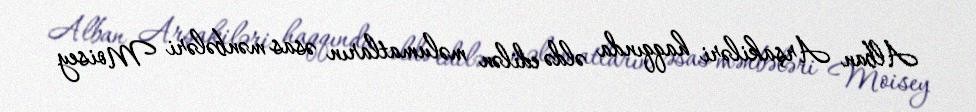
Alban Arşakiləri haqqında əldə edilən məlumatların əsas mənbələri Moisey